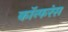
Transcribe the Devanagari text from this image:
कॉन्फरंस